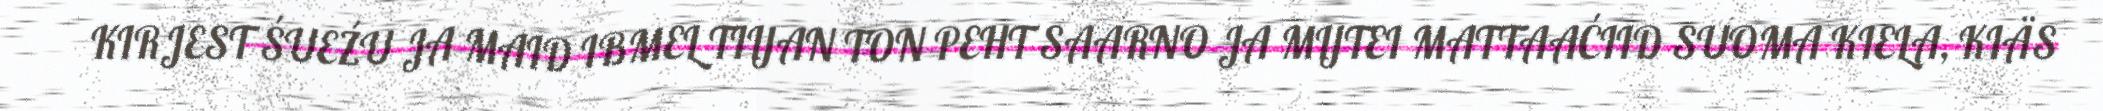
KIRJEST ŚUEŹU JA MAID IBMEL TIIJAN TON PEHT SAARNO JA MIJTEI MATTAAĆIID SUOMA KIELA, KIÄS